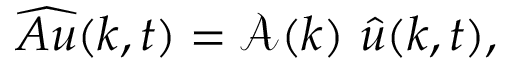
\widehat { A u } ( k , t ) = \mathcal { A } ( k ) \ \hat { u } ( k , t ) ,